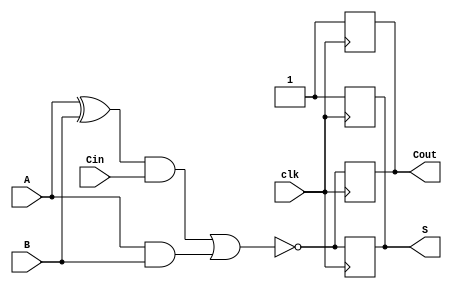
module DynamicFullAdder (
    input wire A,       // First binary input
    input wire B,       // Second binary input
    input wire Cin,     // Carry input
    input wire clk,     // Clock signal for precharge and evaluation
    output wire S,      // Sum output
    output wire Cout    // Carry output
);
    // Internal wires for intermediate signals
    wire A_xor_B;
    wire A_and_B;
    wire A_xor_B_and_Cin;

    // XOR gate for A and B
    assign A_xor_B = A ^ B;

    // AND gate for A and B
    assign A_and_B = A & B;

    // XOR gate for (A XOR B) and Cin
    assign A_xor_B_and_Cin = A_xor_B & Cin;

    // Precharge phase: S and Cout are precharged to 1 (high)
    reg S_reg, Cout_reg;

    always @(posedge clk) begin
        // Precharge phase: Set outputs to high
        S_reg <= 1'b1;
        Cout_reg <= 1'b1;
    end

    always @(negedge clk) begin
        // Evaluation phase: Compute S and Cout based on inputs
        S_reg <= ~(A_xor_B_and_Cin | (A & B)); // S = A XOR B XOR Cin
        Cout_reg <= ~(A_and_B | A_xor_B_and_Cin); // Cout = (A AND B) OR (Cin AND (A XOR B))
    end

    // Assign output registers to output ports
    assign S = S_reg;
    assign Cout = Cout_reg;

endmodule